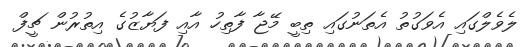
ލެވެލްގައި އެވަގުތު އެތަނުގައި ތިބީ މޭޖާ ފާތިހު އާއި ފަޔާޒުގެ އިތުރުން ޗީފް